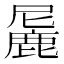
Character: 𬸼